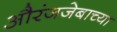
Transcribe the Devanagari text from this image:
औरंजजेबाच्या